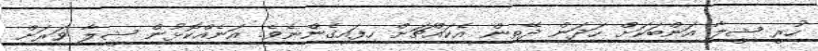
ހުރީ ޝީލާ އަންބަކަށް ހަދަން ދޭތިން އެކައްޗަށް ހިފައިގެންނެވެ. އަނެއްކޮޅުން ޝީލާ ވަރަށް